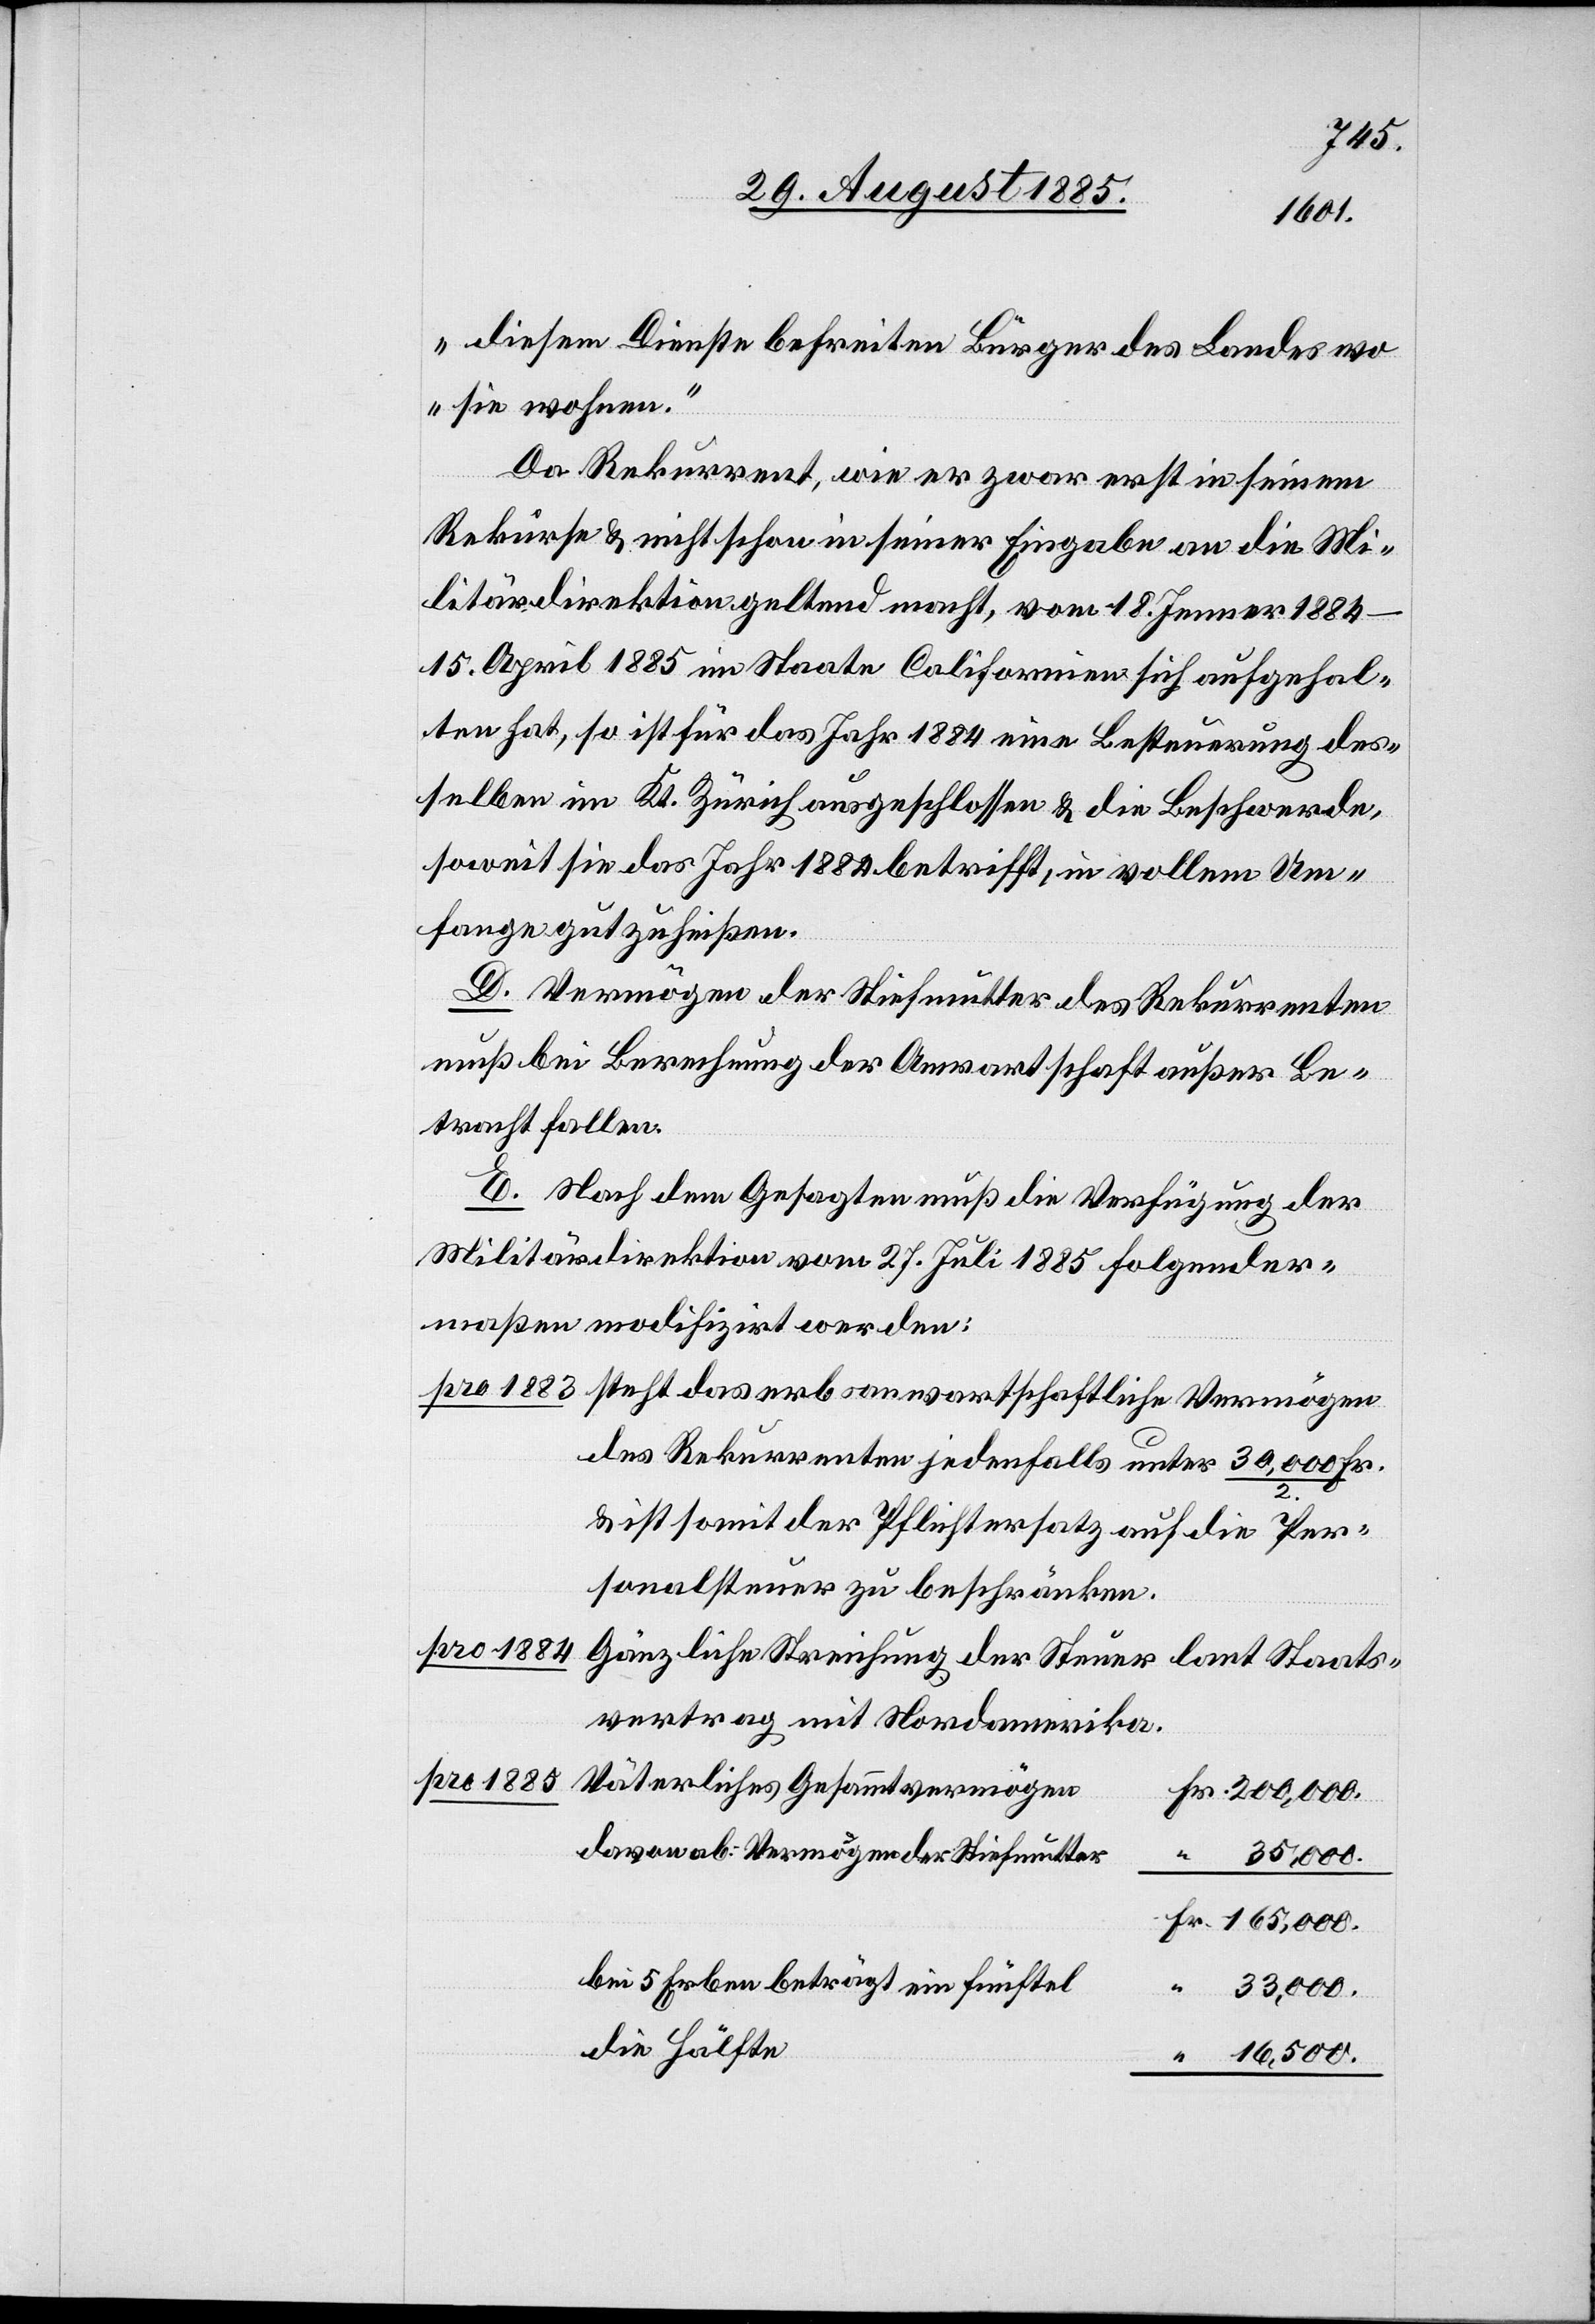
diesem Dienste befreiten Bürger des Landes wo
sie wohnen.“
Da Rekurrent, wie er zwar erst in seinem
Rekurse & nicht schon in seiner Eingabe an die Mi¬
litärdirektion geltend macht, vom 18. Jenner 1884–15.
April 1885 im Staate Californien sich aufgehal¬
ten hat, so ist für das Jahr 1884 eine Besteuerung des¬
selben im Kt. Zürich ausgeschlossen & die Beschwerde,
soweit sie das Jahr 1884 betrifft, in vollem Um¬
fange gutzuheißen.
D. Vermögen der Stiefmutter des Rekurrenten
muß bei Berechnung der Anwartschaft außer Be¬
tracht fallen.
E. Nach dem Gesagten muß die Verfügung der
Militärdirektion vom 27. Juli 1885 folgender¬
maßen modifizirt werden:
des Rekurrenten jedenfalls unter 30,000/2 Fr.
& ist somit der Pflichtersatz auf die Per¬
sonalsteuer zu beschränken.
Gänzliche Streichung der Steuer laut Staats¬
vertrag mit Nordamerika.
pro 1885
Väterliches Gesammtvermögen
davon ab: Vermögen der Stiefmutter
bei 5 Erben beträgt ein Fünftel
Vermögen
33,000.
die Hälfte
16,500.